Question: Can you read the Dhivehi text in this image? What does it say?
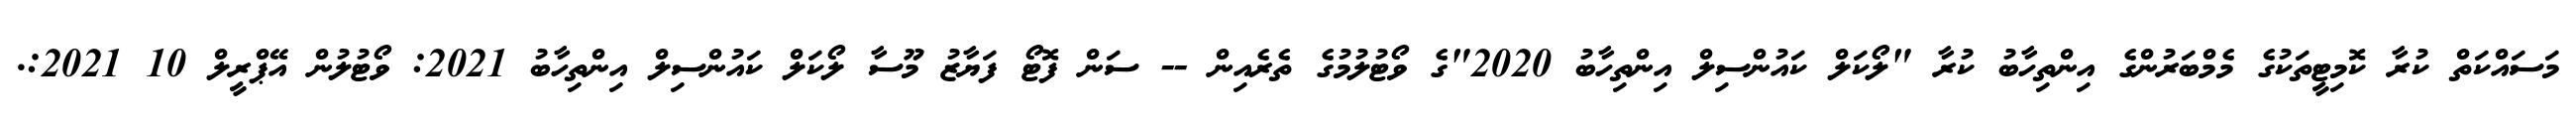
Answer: މަސައްކަތް ކުރާ ކޮމިޓީތަކުގެ މެމްބަރުންގެ އިންތިހާބު ކުރާ "ލޯކަލް ކައުންސިލް އިންތިހާބު 2020"ގެ ވޯޓުލުމުގެ ތެރެއިން -- ސަން ފޮޓޯ ފަޔާޒު މޫސާ ލޯކަލް ކައުންސިލް އިންތިހާބު 2021: ވޯޓުލުން އޭޕްރީލް 10 2021:.